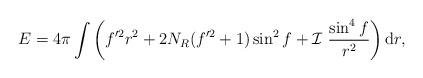
LaTeX: \begin{align*}E = 4 \pi \int\left(f^{\prime 2} r^2 + 2 N_R (f^{\prime 2} + 1) \sin^2 f +{\cal I}~ \frac{\sin^4 f}{r^2}\right){\rm d} r,\end{align*}